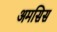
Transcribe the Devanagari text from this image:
अमसिस